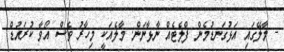
- މާލޭގައި އަޅުގަނޑުމެން ފްލެޓެއް ނާޅާނަން. މާލެއަކީ މިހާރު ވެސް އޯވާ ކުރައުޑް